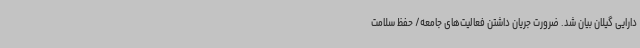
دارایی گیلان بیان شد. ضرورت جریان داشتن فعالیت‌های جامعه/ حفظ سلامت